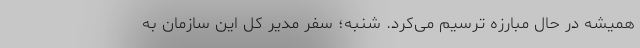
همیشه در حال مبارزه ترسیم می‌کرد. شنبه؛ سفر مدیر کل این سازمان به